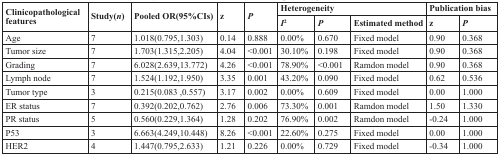
| <ROWSPAN=2> Clinicopathological features | <ROWSPAN=2> Study(n) | <ROWSPAN=2> Pooled OR(95%CIs) | <ROWSPAN=2> z | <ROWSPAN=2> P | <COLSPAN=3> Heterogeneity | <COLSPAN=2> Publication bias |
 | I2 | P | Estimated method | z | P |
 | --- | --- | --- | --- | --- | --- | --- | --- | --- | --- |
 | Age | 7 | 1.018(0.795,1.303) | 0.14 | 0.888 | 0.00% | 0.670 | Fixed model | 0.90 | 0.368 |
 | Tumor size | 7 | 1.703(1.315,2.205) | 4.04 | <0.001 | 30.10% | 0.198 | Fixed model | 0.90 | 0.368 |
 | Grading | 7 | 6.028(2.639,13.772) | 4.26 | <0.001 | 78.90% | <0.001 | Ramdon model | 0.90 | 0.368 |
 | Lymph node | 7 | 1.524(1.192,1.950) | 3.35 | 0.001 | 43.20% | 0.090 | Fixed model | 0.62 | 0.536 |
 | Tumor type | 3 | 0.215(0.083 ,0.557) | 3.17 | 0.002 | 0.00% | 0.609 | Fixed model | 0.00 | 1.000 |
 | ER status | 7 | 0.392(0.202,0.762) | 2.76 | 0.006 | 73.30% | 0.001 | Ramdon model | 1.50 | 1.330 |
 | PR status | 5 | 0.560(0.229,1.364) | 1.28 | 0.202 | 76.90% | 0.002 | Ramdon model | −0.24 | 1.000 |
 | P53 | 3 | 6.663(4.249,10.448) | 8.26 | <0.001 | 22.60% | 0.275 | Fixed model | 0.00 | 1.000 |
 | HER2 | 4 | 1.447(0.795,2.633) | 1.21 | 0.226 | 0.00% | 0.729 | Fixed model | −0.34 | 1.000 |